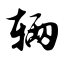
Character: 辆